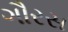
ગૌરસ